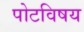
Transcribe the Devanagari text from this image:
पोटविषय